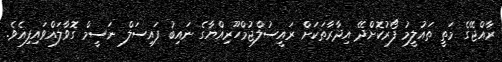
ރާއްޖޭގެ މަތީ ތައުލީމު ފޯރުކޮށްދޭ އިދާރާތަކަށް ރައީސުލްޖުމްހޫރިއްޔާގެ ނައިބު ފައިސަލް ނަސީމް ގޮވާލައްވައިފިއެވެ.